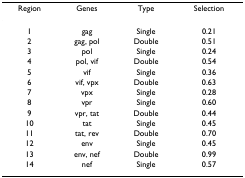
<table><thead><tr><td><b>Region</b></td><td><b>Genes</b></td><td><b>Type</b></td><td><b>Selection</b></td></tr></thead><tbody><tr><td>1</td><td>gag</td><td>Single</td><td>0.21</td></tr><tr><td>2</td><td>gag, pol</td><td>Double</td><td>0.51</td></tr><tr><td>3</td><td>pol</td><td>Single</td><td>0.24</td></tr><tr><td>4</td><td>pol, vif</td><td>Double</td><td>0.54</td></tr><tr><td>5</td><td>vif</td><td>Single</td><td>0.36</td></tr><tr><td>6</td><td>vif, vpx</td><td>Double</td><td>0.63</td></tr><tr><td>7</td><td>vpx</td><td>Single</td><td>0.28</td></tr><tr><td>8</td><td>vpr</td><td>Single</td><td>0.60</td></tr><tr><td>9</td><td>vpr, tat</td><td>Double</td><td>0.44</td></tr><tr><td>10</td><td>tat</td><td>Single</td><td>0.45</td></tr><tr><td>11</td><td>tat, rev</td><td>Double</td><td>0.70</td></tr><tr><td>12</td><td>env</td><td>Single</td><td>0.45</td></tr><tr><td>13</td><td>env, nef</td><td>Double</td><td>0.99</td></tr><tr><td>14</td><td>nef</td><td>Single</td><td>0.57</td></tr></tbody></table>